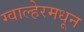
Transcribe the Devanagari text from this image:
ग्वाल्हेरमधून